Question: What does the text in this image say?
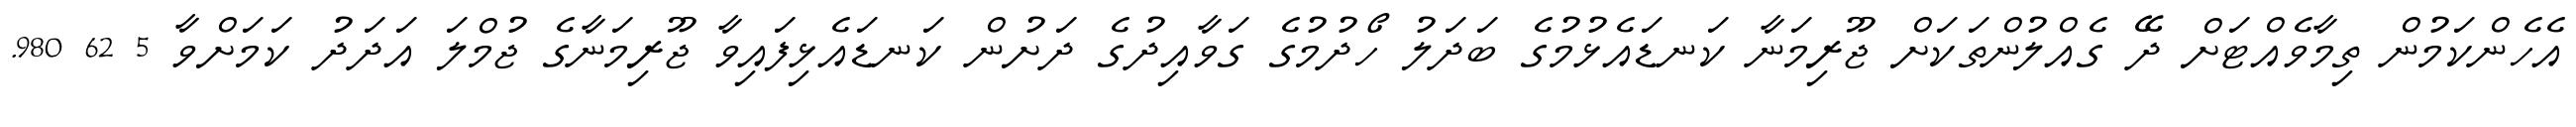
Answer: އެހެންކަމުން ތިމާވެއްޓަށް ދޭ ގެއްލުންތަކަށް ޖޫރިމަނާ ކަނޑައެޅުމުގެ ބަދަލު ހޯދުމުގެ ގަވާއިދުގެ ދަށުން ކަނޑައެޅިފައިވާ ޖޫރިމަނާގެ ޖުމްލަ އަދަދު ކަމަށްވާ 5 62 980.